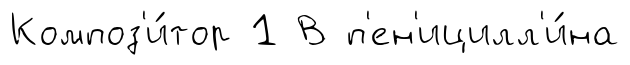
Композ'и́тор 1 В п'ен'ицилл'и́на